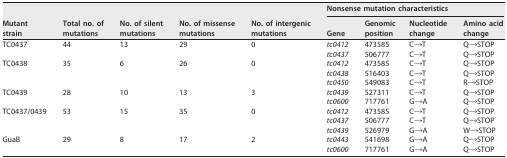
<table><thead><tr><td rowspan="2"><b>Mutant strain</b></td><td rowspan="2"><b>Total no. of mutations</b></td><td rowspan="2"><b>No. of silent mutations</b></td><td rowspan="2"><b>No. of missense mutations</b></td><td rowspan="2"><b>No. of intergenic mutations</b></td><td colspan="4"><b>Nonsense mutation characteristics</b></td></tr><tr><td><b>Gene</b></td><td><b>Genomic position</b></td><td><b>Nucleotide change</b></td><td><b>Amino acid change</b></td></tr></thead><tbody><tr><td rowspan="2">TC0437</td><td rowspan="2">44</td><td rowspan="2">13</td><td rowspan="2">29</td><td rowspan="2">0</td><td><i>tc0412</i></td><td>473585</td><td>C→T</td><td>Q→STOP</td></tr><tr><td><i>tc0437</i></td><td>506777</td><td>C→T</td><td>Q→STOP</td></tr><tr><td rowspan="3">TC0438</td><td rowspan="3">35</td><td rowspan="3">6</td><td rowspan="3">26</td><td rowspan="3">0</td><td><i>tc0412</i></td><td>473585</td><td>C→T</td><td>Q→STOP</td></tr><tr><td><i>tc0438</i></td><td>516403</td><td>C→T</td><td>Q→STOP</td></tr><tr><td><i>tc0450</i></td><td>549083</td><td>C→T</td><td>R→STOP</td></tr><tr><td rowspan="2">TC0439</td><td rowspan="2">28</td><td rowspan="2">10</td><td rowspan="2">13</td><td rowspan="2">3</td><td><i>tc0439</i></td><td>527311</td><td>C→T</td><td>Q→STOP</td></tr><tr><td><i>tc0600</i></td><td>717761</td><td>G→A</td><td>Q→STOP</td></tr><tr><td rowspan="3">TC0437/0439</td><td rowspan="3">53</td><td rowspan="3">15</td><td rowspan="3">35</td><td rowspan="3">0</td><td><i>tc0412</i></td><td>473585</td><td>C→T</td><td>Q→STOP</td></tr><tr><td><i>tc0437</i></td><td>506777</td><td>C→T</td><td>Q→STOP</td></tr><tr><td><i>tc0439</i></td><td>526979</td><td>G→A</td><td>W→STOP</td></tr><tr><td rowspan="2">GuaB</td><td rowspan="2">29</td><td rowspan="2">8</td><td rowspan="2">17</td><td rowspan="2">2</td><td><i>tc0443</i></td><td>541698</td><td>G→A</td><td>Q→STOP</td></tr><tr><td><i>tc0600</i></td><td>717761</td><td>G→A</td><td>Q→STOP</td></tr></tbody></table>